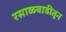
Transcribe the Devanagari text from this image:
रसाळवाडीतून